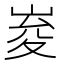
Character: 𭖨